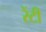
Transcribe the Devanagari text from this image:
रेंटी